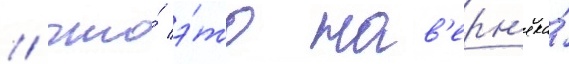
/ что́ э́то нав'ерн'яка́